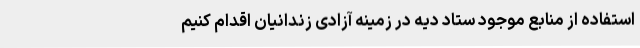
استفاده از منابع موجود ستاد دیه در زمینه آزادی زندانیان اقدام کنیم